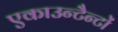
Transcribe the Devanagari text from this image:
एकाउन्टैन्टों